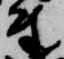
尉